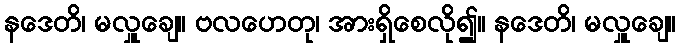
နဒေတိ၊ မလှူချေ။ ဗလဟေတု၊ အားရှိစေလို၍။ နဒေတိ၊ မလှူချေ။